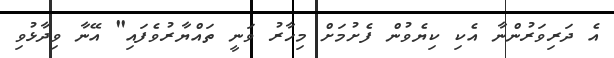
އެ ދަރިވަރުންނާ އެކި ކިޔެވުން ފެށުމަށް މިހާރު ވަނީ ތައްޔާރުވެފައި" އޭނާ ވިދާޅުވި